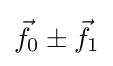
{\vec {f}}_{0}\pm {\vec {f}}_{1}